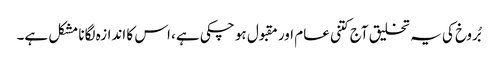
بُروخ کی یہ تخلیق آج کتنی عام اور مقبول ہو چکی ہے، اس کا اندازہ لگانا مشکل ہے۔